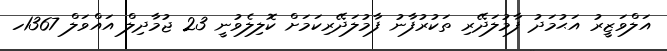
އަލްވަޒީރު އަޙުމަދު ފާމުލަދޭރި ތަކުރުފާނު ފާމުލަދޭރިކަމަށް ކޮލިލެވުނީ 23 ޖުމާދިލް އައްވަލް 1367ހ